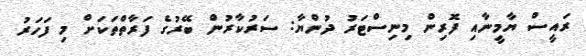
ރައީސް ޔާމީނާއި ފޮރިން މިނިސްޓަރު ދުންޔާ: ސަރުކާރުން ބޭރުގެ ފަރާތްތަކަށް މި ފަހަރު